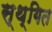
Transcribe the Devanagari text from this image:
स्थ्गित